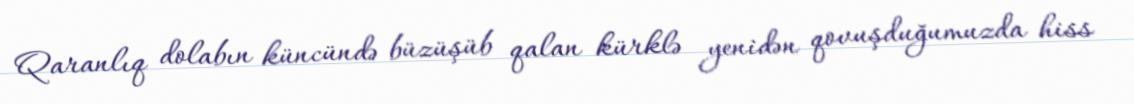
Qaranlıq dolabın küncündə büzüşüb qalan kürklə yenidən qovuşduğumuzda hiss